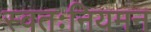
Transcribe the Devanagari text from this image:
स्वतःनियमन